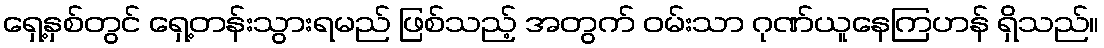
ရှေ့နှစ်တွင် ရှေ့တန်းသွားရမည် ဖြစ်သည့် အတွက် ဝမ်းသာ ဂုဏ်ယူနေကြဟန် ရှိသည်။